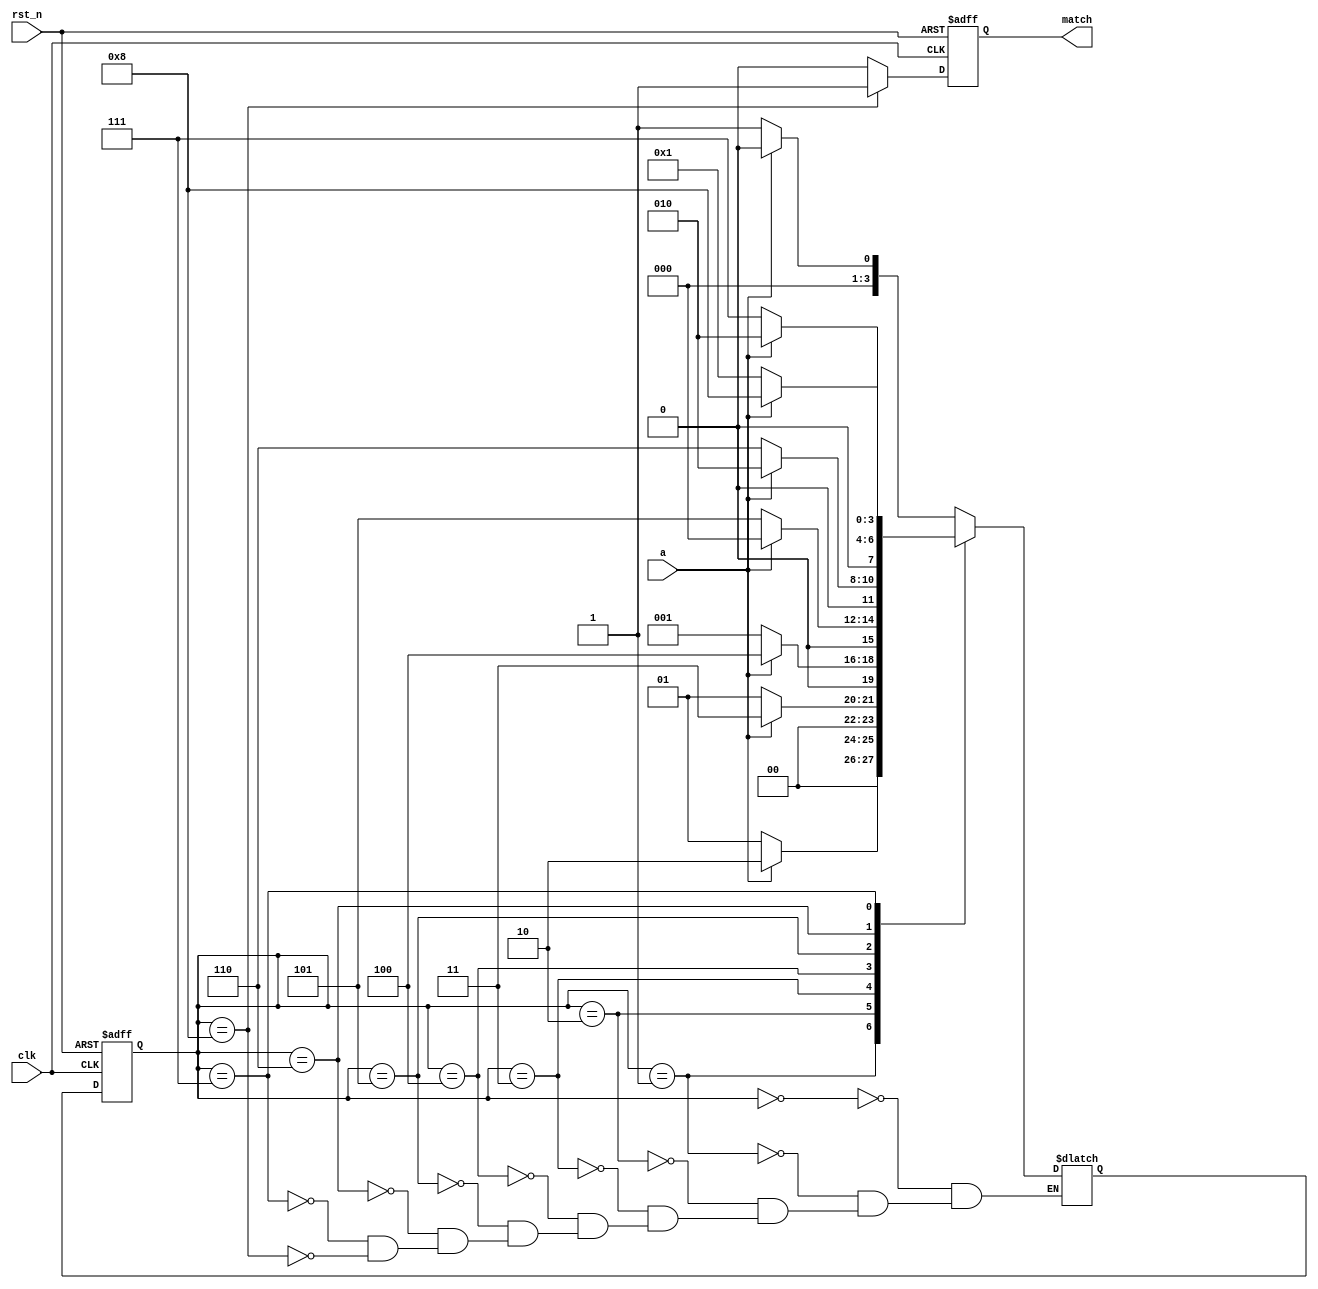
`timescale 1ns/1ns
module sequence_detect(
	input clk,
	input rst_n,
	input a,
	output reg match
	);
parameter idle=0,A=1,B=2,C=3,D=4,E=5,F=6,G=7,H=8;
reg [3:0] state,next_state;
always @(posedge clk or negedge rst_n)
begin
if(!rst_n)
state<=idle;
else
state<=next_state;
end

always @(*)
begin
case(state)
idle:next_state=!a?A:idle;
A: next_state=a?B:A;
B: next_state=a?C:A;
C: next_state=a?D:A;
D: next_state=!a?E:idle;
E: next_state=!a?F:B;
F: next_state=!a?G:B;
G: next_state=a?H:A;
H: next_state=!a?A:idle;
endcase
end

always @(posedge clk or negedge rst_n)
begin
if(!rst_n)
match<=0;
else if(state==H)
match<=1;
else
match<=0;
end
endmodule